Language: tamil
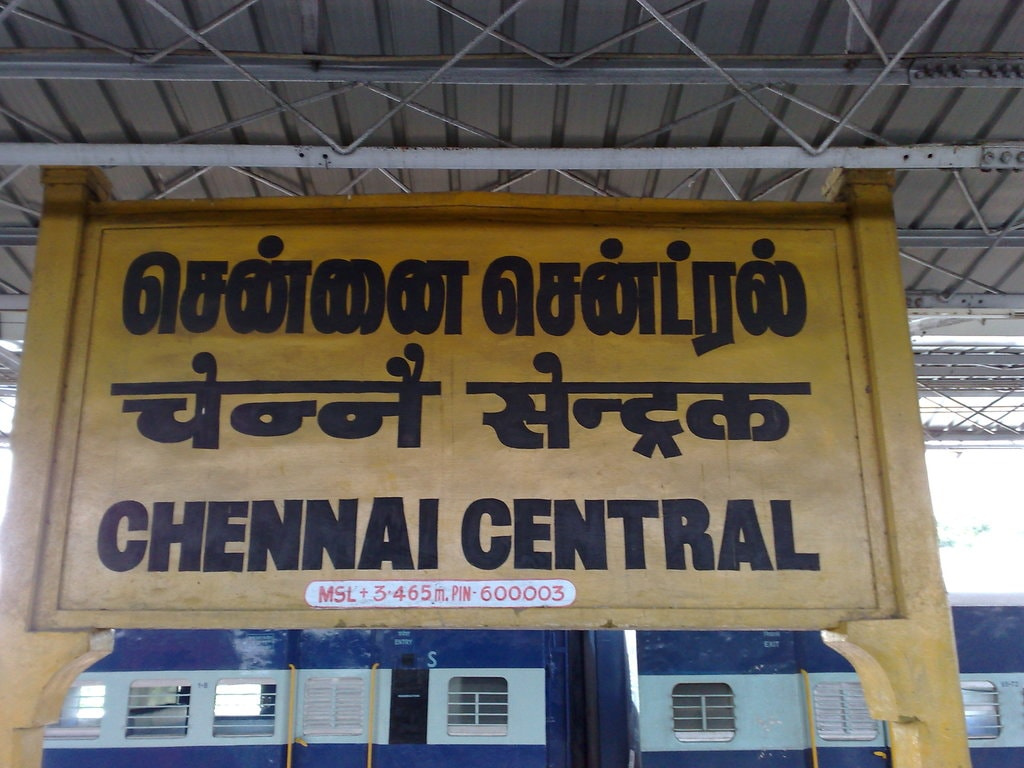
Transcription: சென்னை சென்ட்ரல்